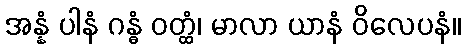
အန္နံ ပါနံ ဂန္ဓံ ဝတ္ထံ၊ မာလာ ယာနံ ဝိလေပနံ။